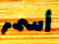
أسمر